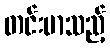
တင်းမာသည့်